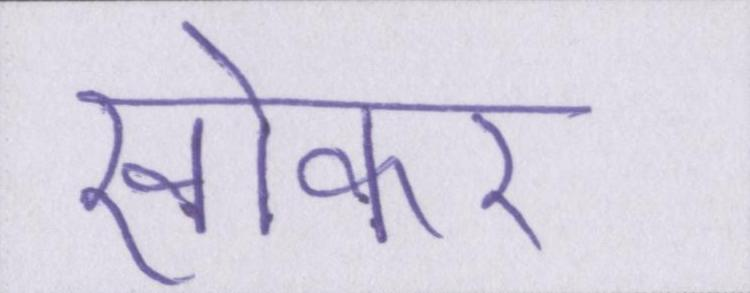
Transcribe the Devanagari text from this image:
खोकर